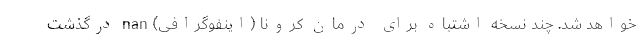
خواهد شد. چند نسخه اشتباه برای درمان کرونا (اینفوگرافی) nan درگذشت